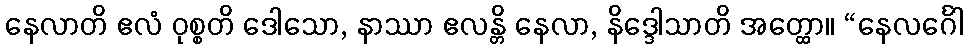
နေလာတိ ဧလံ ဝုစ္စတိ ဒေါသော, နာဿာ ဧလန္တိ နေလာ, နိဒ္ဒေါသာတိ အတ္ထော။ “နေလင်္ဂေါ